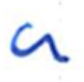
Text: a
Cross-out: clean
Writing tool: ballpoint